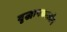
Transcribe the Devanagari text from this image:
वृद्धापकालीन